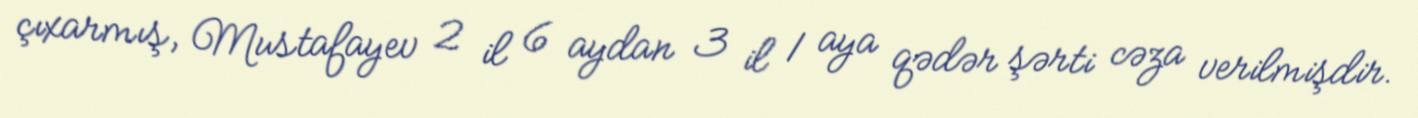
çıxarmış, Mustafayev 2 il 6 aydan 3 il 1 aya qədər şərti cəza verilmişdir.